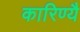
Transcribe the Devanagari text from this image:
कारिण्यै